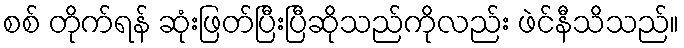
စစ် တိုက်ရန် ဆုံးဖြတ်ပြီးပြီဆိုသည်ကိုလည်း ဖဲင်နီသိသည်။